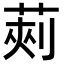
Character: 𮏯